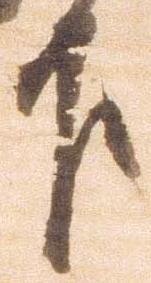
下